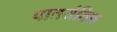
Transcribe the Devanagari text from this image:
पातयंतिक